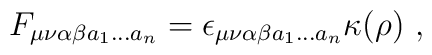
F_{\mu\nu\alpha\beta a_1\dots a_n} =        \epsilon_{\mu\nu\alpha\beta a_1\dots a_n}  \kappa(\rho)~,